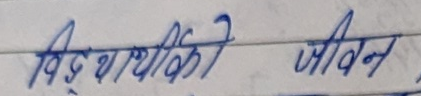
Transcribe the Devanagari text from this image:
विद्यार्थी की जीवन